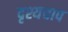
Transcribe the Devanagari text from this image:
दृश्यचाप